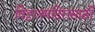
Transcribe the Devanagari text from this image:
विठ्ठलमंदिरासाठी